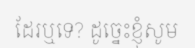
ដែរឬទេ? ដូច្នេះខ្ញុំសូម